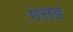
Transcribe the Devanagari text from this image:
मत्तड